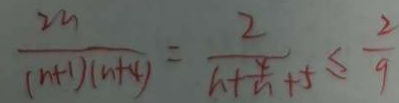
\frac { 2 m } { ( n + 1 ) ( n + 4 ) } = \frac { 2 } { h + \frac { 4 } { n } + 5 } \leq \frac { 2 } { 9 }